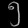
Digit: ၅